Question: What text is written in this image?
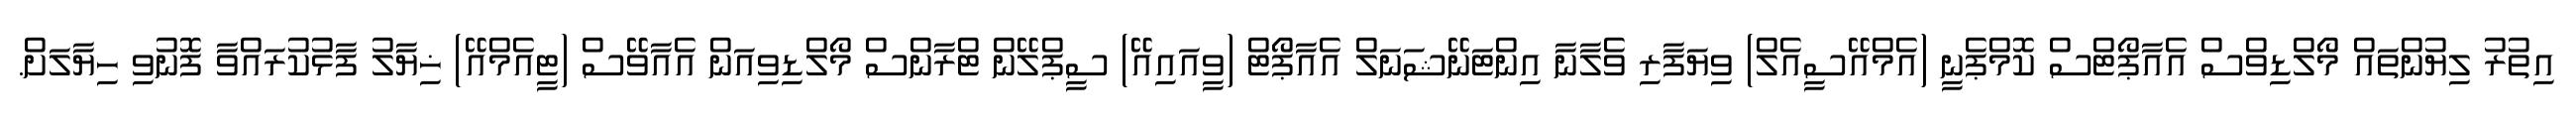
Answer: އިތުރު ލިޔުންތައް މޯލްޑިވްސް އެއާޕޯޓްސް ކޮމްޕެނީ (އެމްއޭސީއެލް) ވިޔަފާރި ވެލާނާ އިންޓަނޭޝަނަލް އެއާޕޯޓް (ވީއައިއޭ) ސީޕްލޭން ޓްރާންސް މޯލްޑިވިއަން އެއާވޭސް (ޓީއެމްއޭ) ޚިޔާލު ފާޅުކުރައްވާ ފޮނުވި ހިޔާލަށް.